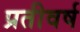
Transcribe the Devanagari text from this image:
प्रतीवर्ष